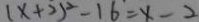
( x + 2 ) ^ { 2 } - 1 6 = x - 2